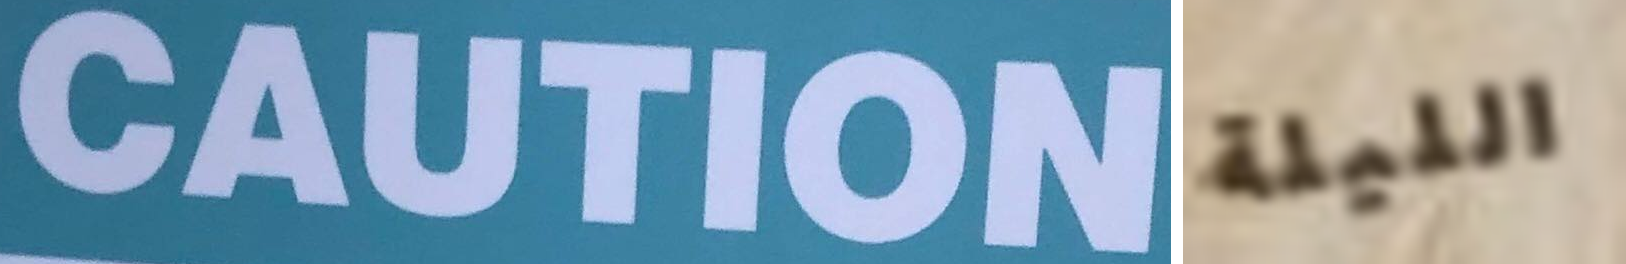
CAUTION الليلة